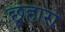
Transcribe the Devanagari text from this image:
छूहारा